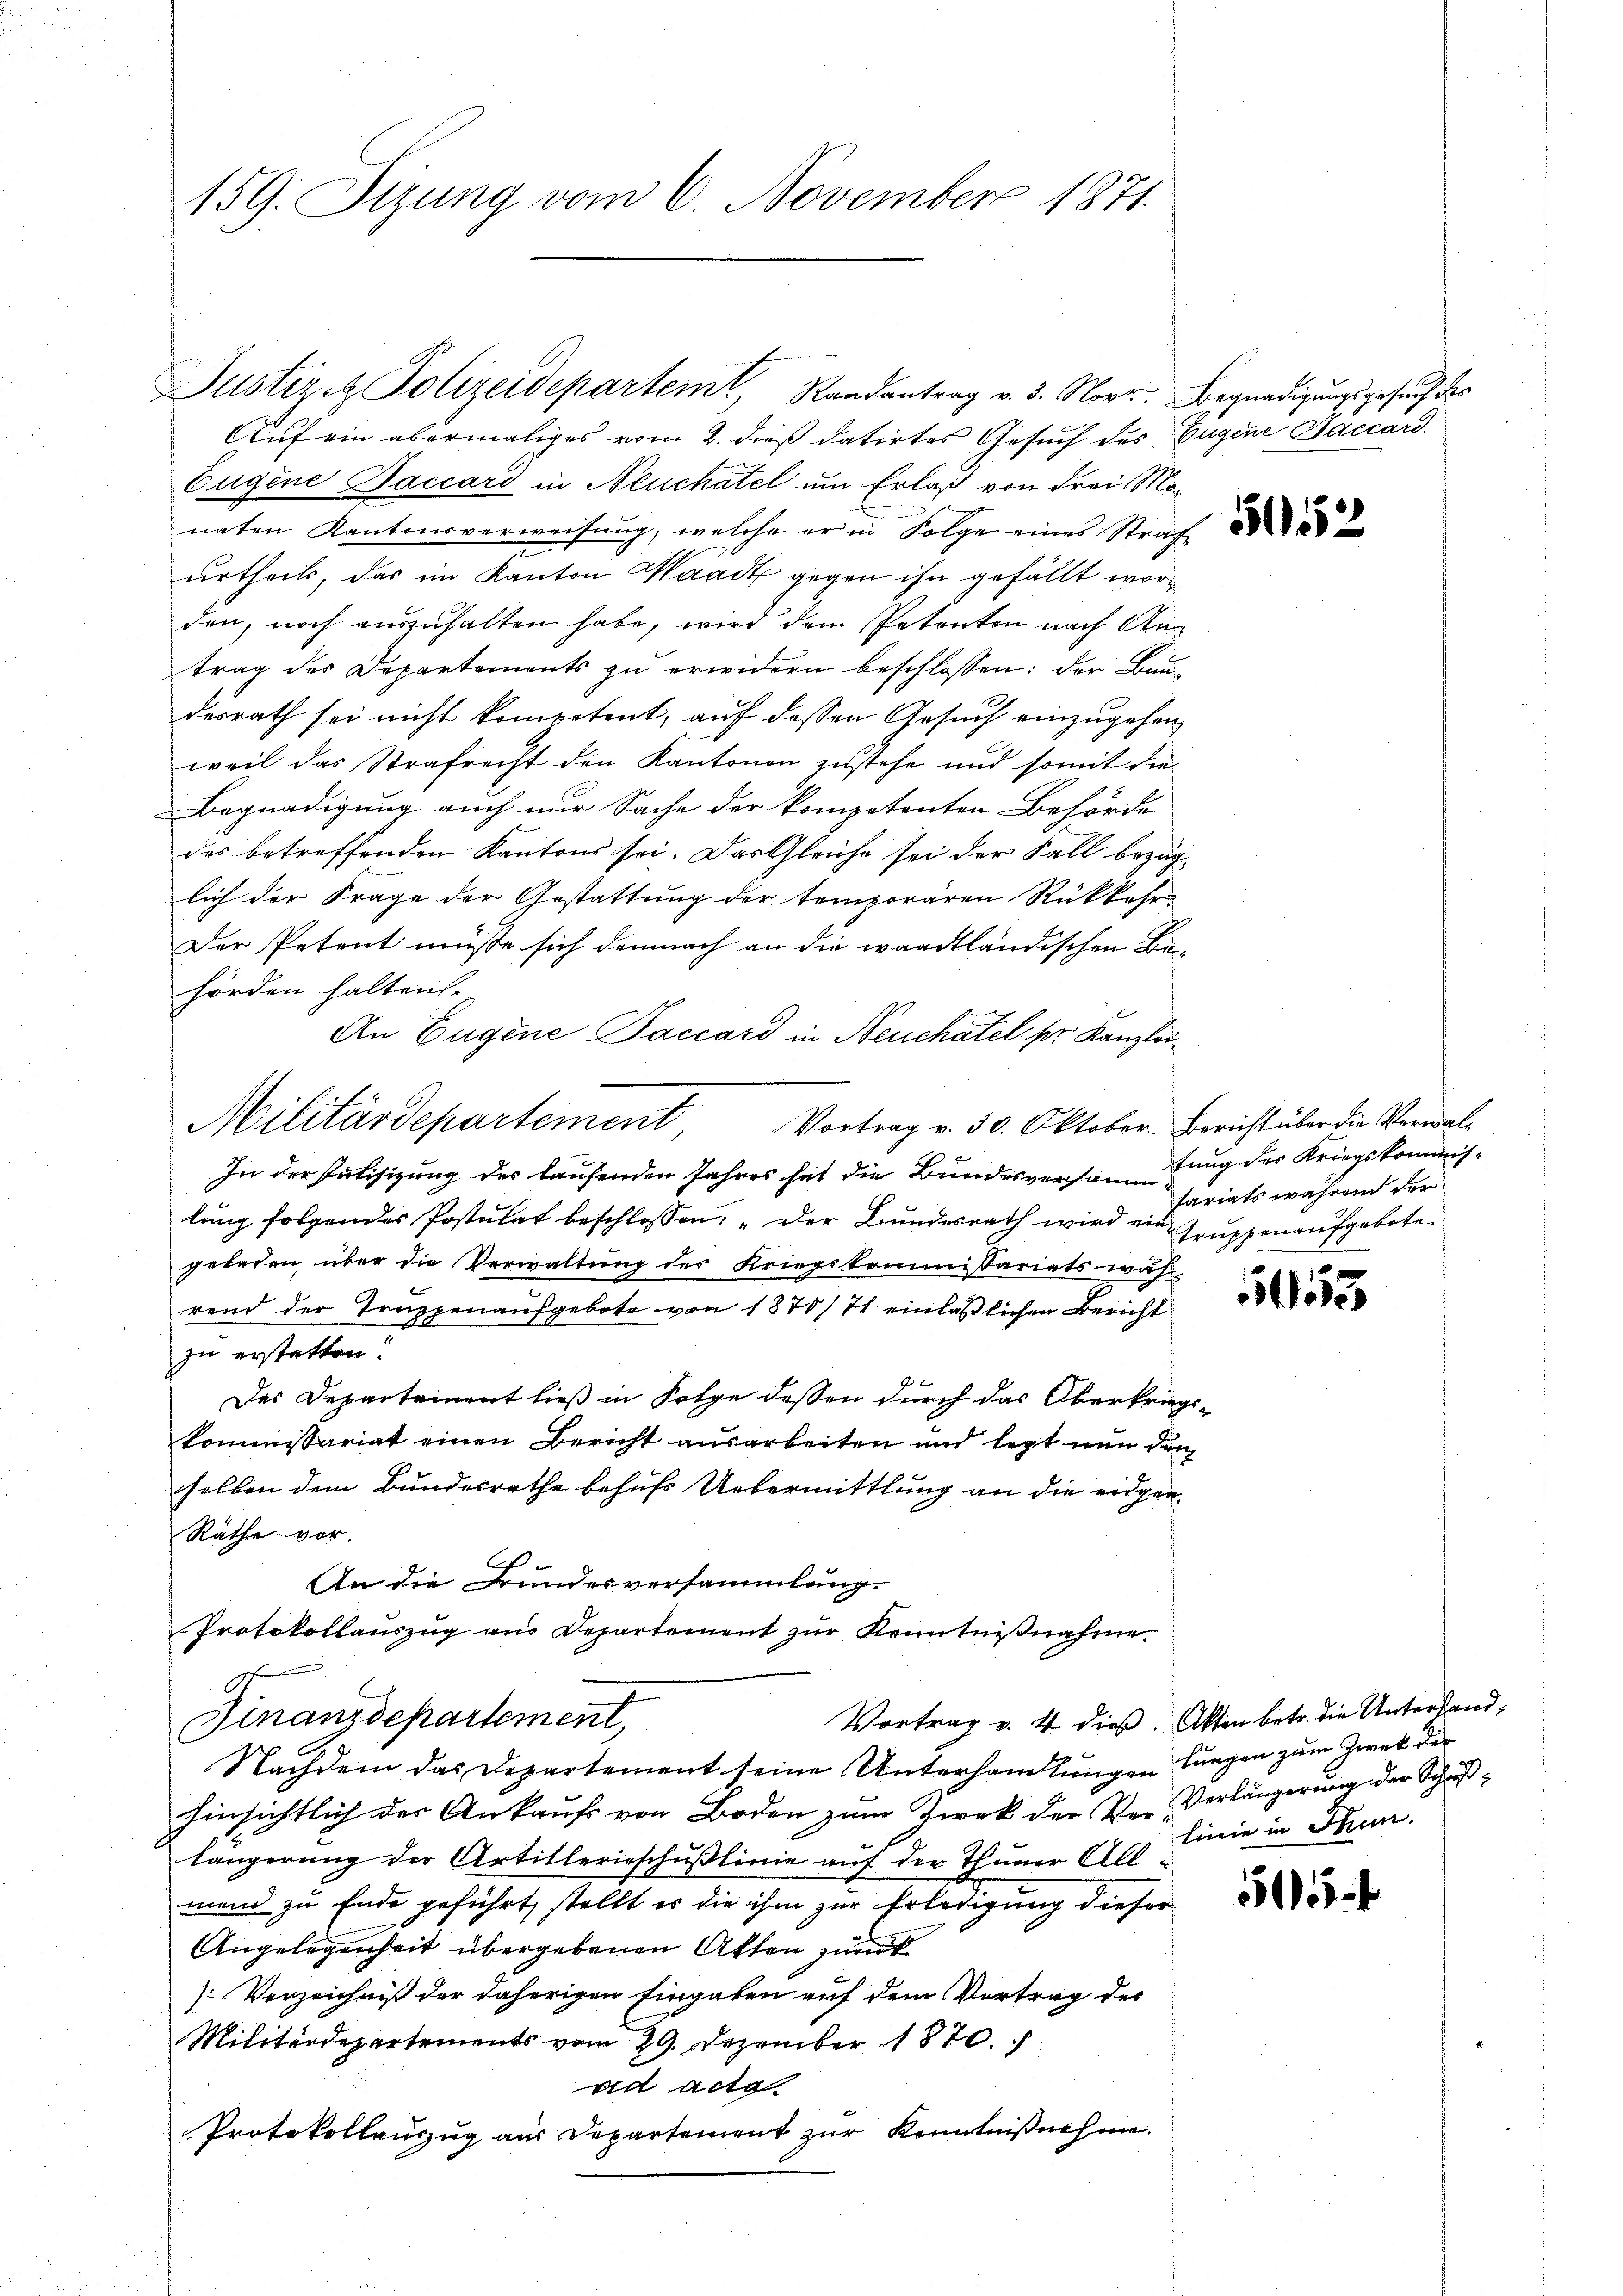
159. Sizung vom 6. November 1871.

Militärdepartement Vortrag v. 30. Oktober Bericht über die Verwal¬
In der Putisizung der laufenden Jahres hat die Bundesversamlung des Kriegskommis-

Justiz & Polizeidepartemt, Randantrag v. 3. Norr. Begnadigungsgesuch der
Auf ein abermaliges vom 2. dieß datirtes Gesuch des Eugene Baccard.
Eugene Baccars in Neuchatel um Erlaß von drei Mo-
naten Kantonsverweisung, welche er in Folge eines Strafe
urtheils, das im Kanton Waadt gegen ihn gefällt worden, noch aŭszŭhalten habe, wird dem Petenten nach Antrag des Departements zu erwidern beschlossen: der Baudesrath sei nicht kompetent, auf dessen Gesuch einzugehen,
weil das Strafrecht den Kantonen zustehe und somit die
Begnadigung auch nur Sache der kompetenten Behörde
des betreffenden Kantons sei. Das Gleiche sei der Fall bezüg-
lich der Frage der Gestattung der temporären Rükkehr
Der Petent müsse sich demnach an die waadtländischen Be-
hörden halten.
An Eugene Paccard in Neuchâtel pr. Kanzleilung folgendes Postulat beschlossen: „Der Bundesrath wird ein Truppenaufgebote
geladen über die Verwaltung des Kriegskommissariatswah
rend der Truppenaufgebote von 1870/71 einläßlichen Bericht
zu erstatten.
 x
Das Departement ließ in Folge dessen durch das Oberkrieg
kommissariat einen Bericht ausarbeiten und legt nun der
selben dem Bundesrathe behufs Uebermittlung an die eidgen¬
Räthe vor.
.
An die Bundesversammlung.
Protokollauszug aus Departement zŭr Kenntniβnahme.
Vortrag v. 4 dieß. Akten betr. die Unterhand¬
Finanzdepartement,
Nachdem das Departement seine Unterhandlungen langen zum Zwek der
hinsichtlich der Ankaufs von Boden zum Zwek der Ver- Verlängerung der Schußlängerung der Artillerieschußlinie auf der Thuner Allmend zu Ende geführt, stellt es die ihm zur Erledigung dieser
Angelegenheit übergebenen Akten zurück
Verzeichniß der daherigen Eingaben auf dem Vortrag des
Militärdepartements vom 29. Dezember 1870.
ad acta
Protokollanzzug aus Departement zur Kenntnißnahme.

5152

tariats während der

153

linie in Thun.

515.